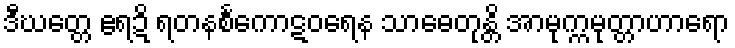
ဒီဃတ္တေ ဧရဍိ ရတနစင်္ကောဋဝရေန သာဓေတုန္တိ အာမုက္ကမုတ္တာဟာရော